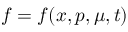
f = f ( \boldsymbol { x } , p , \mu , t )